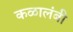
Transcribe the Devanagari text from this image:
कळालंबी